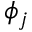
\phi _ { j }